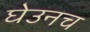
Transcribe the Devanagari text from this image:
घेउनच